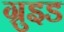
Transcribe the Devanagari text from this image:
ग्रुइड